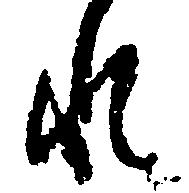
れ